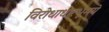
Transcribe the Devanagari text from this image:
विरोधाधारभूमये